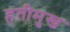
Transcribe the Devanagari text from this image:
हतीमुख